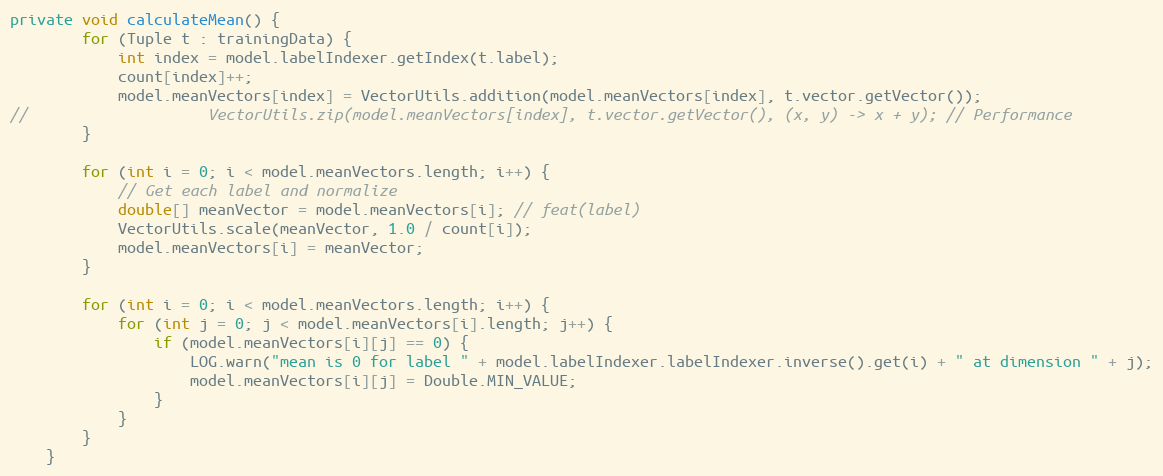
Language: Java
private void calculateMean() {
        for (Tuple t : trainingData) {
            int index = model.labelIndexer.getIndex(t.label);
            count[index]++;
            model.meanVectors[index] = VectorUtils.addition(model.meanVectors[index], t.vector.getVector());
//                    VectorUtils.zip(model.meanVectors[index], t.vector.getVector(), (x, y) -> x + y); // Performance
        }

        for (int i = 0; i < model.meanVectors.length; i++) {
            // Get each label and normalize
            double[] meanVector = model.meanVectors[i]; // feat(label)
            VectorUtils.scale(meanVector, 1.0 / count[i]);
            model.meanVectors[i] = meanVector;
        }

        for (int i = 0; i < model.meanVectors.length; i++) {
            for (int j = 0; j < model.meanVectors[i].length; j++) {
                if (model.meanVectors[i][j] == 0) {
                    LOG.warn("mean is 0 for label " + model.labelIndexer.labelIndexer.inverse().get(i) + " at dimension " + j);
                    model.meanVectors[i][j] = Double.MIN_VALUE;
                }
            }
        }
    }